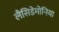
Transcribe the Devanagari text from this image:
लैसिडेमोनिया